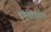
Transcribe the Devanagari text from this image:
इन्तेर्मेदिओलतेरल